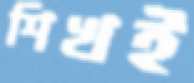
শিখই